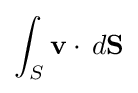
\int _{S}{\mathbf {v} }\cdot \,d{\mathbf {S} }